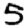
Digit: 5